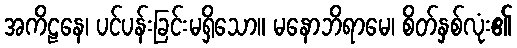
အကိဠနေ၊ ပင်ပန်းခြင်းမရှိသော။ မနောဘိရာမေ၊ စိတ်နှစ်လုံး၏